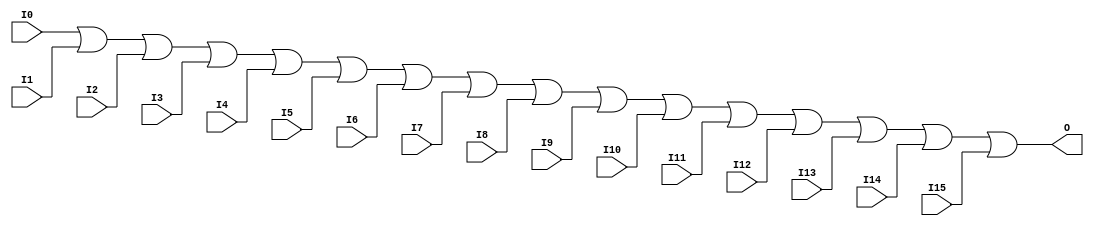
module X_OR16 (O, I0, I1, I2, I3, I4, I5, I6, I7,
               I8, I9, I10, I11, I12, I13, I14, I15);

  output O;
  input I0, I1, I2, I3, I4, I5, I6, I7,
        I8, I9, I10, I11, I12, I13, I14, I15;

  or (O, I0, I1, I2, I3, I4, I5, I6, I7,
      I8, I9, I10, I11, I12, I13, I14, I15);

  specify

	(I0 => O) = (0:0:0, 0:0:0);
	(I1 => O) = (0:0:0, 0:0:0);
	(I2 => O) = (0:0:0, 0:0:0);
	(I3 => O) = (0:0:0, 0:0:0);
	(I4 => O) = (0:0:0, 0:0:0);
	(I5 => O) = (0:0:0, 0:0:0);
	(I6 => O) = (0:0:0, 0:0:0);
	(I7 => O) = (0:0:0, 0:0:0);
	(I8 => O) = (0:0:0, 0:0:0);
	(I9 => O) = (0:0:0, 0:0:0);
	(I10 => O) = (0:0:0, 0:0:0);
	(I11 => O) = (0:0:0, 0:0:0);
	(I12 => O) = (0:0:0, 0:0:0);
	(I13 => O) = (0:0:0, 0:0:0);
	(I14 => O) = (0:0:0, 0:0:0);
	(I15 => O) = (0:0:0, 0:0:0);

	specparam PATHPULSE$ = 0;

  endspecify

endmodule